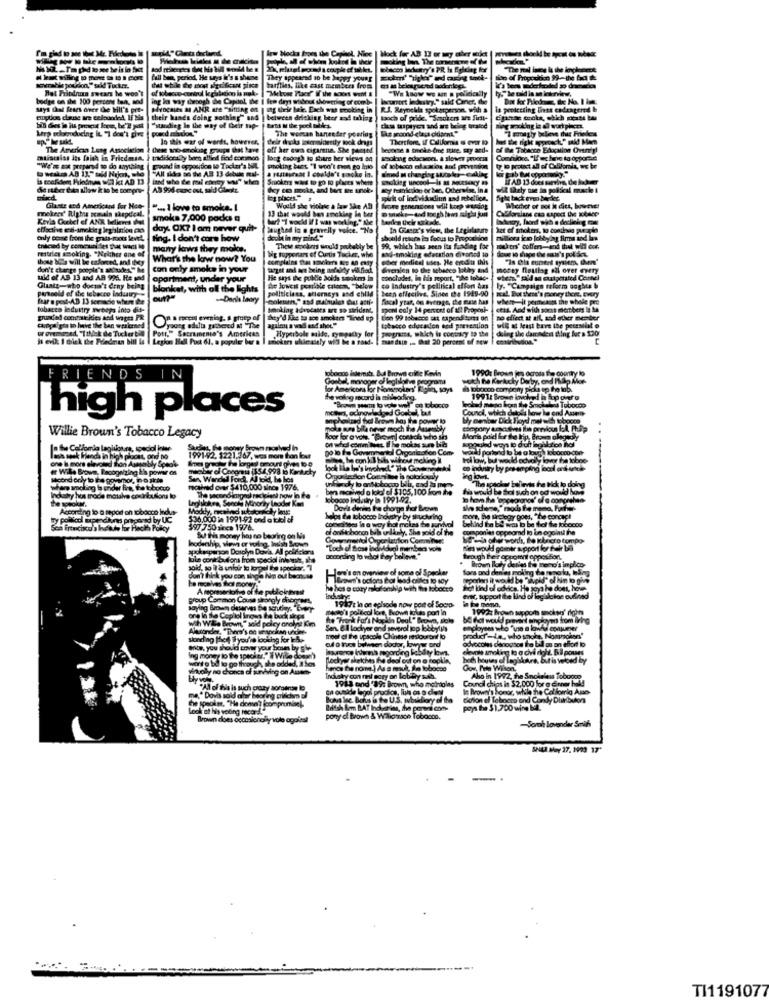
fail ban, period, He says it's a shame
badge on she 100 percent tan, sod
Bet Fritdrums swears he woo
ing in way toogh The Capitol Be
says Last fears over the bill's pre-
Hingsies M AMR are "sitting on
their hands doing sothing" and
puedasdo"
"standing In the way of their sap-
In this war of wordt, however,
The Arvrican Lung Association
atischias Its faith in Friedman.
Indidorally borg alfied find common
"We'x ax prepared to do marything
"All sides an the AB 13 debile mal-
pound in opposition 19 Tackar's MIL
AB 996 conc est, said Gileott.
Glastr and Americand for Men-
" ... I love to smoke. I
Kevla Coobci ef ANK tallenes hat
mokers' Rights remain shepdeal.
smoka 7,000 podes a
effective es-smoking legislation can
day. OX7 I am never quit-
only come from the prata-roots level.
ting. I don't cors how
tnicund by comeun des that will be
many kawis they molde.
resteles smoking. "Neither one of
What's the law now? You
don't change people's sodaxdkes" he
ton only smoke in your
uid of AB 13 and AR 996. He sod
apartment, under your
paranoid of the tobacco industry .
Glantz-who doesn't drny beiss |blonket, with oll the lights
Denis Leary
tobacco laduttry swoops into dit-
grundet comealcides and wages PR
Cargaigia to have the ban wpricened
Post," Sacramento's American
young adults gathered & "The
I evik I thick the Redman bill la
Legion Ball Poct 6J. a populer ber &
RIE
IN
ID
high places
he Aneuby
Willie Brown's Tobacco Legacy
In Se Colfordia lagliloura, special inise
Student, The money Brown mcalved in
one il mors alevoted thin Asasabdy Speole
lash seek fanda in high places, and no
1991-92. 1221.767, wes mor fon lour
con
er Wille Brown, Recognizing kis power os
meebar of Corona ($54,998 b Kekety
second only to The governor, P
Sen, Warded Ford, Al bid, he hos
wear smoliog la under fire, the tobacco
scalned over $410,000 since 1976.
Indkahy hos trode motalve cocirka sonus lo
Laghylokra, Sonole Minority Laoder Ko
According to a report on tobacco indus-
$36.000 a 1991-92 end a toel af
loboo
197 750 zes 1976.
hodership, sie er
Bul Is money has no bearing on Is
Vtipanon Dorolyn Dovia. All poliffciona
"Toch of those indh
lule cont buttons from special inhuur, the
according lo vot hey b
oid, to ]'a unfair to lorgel the speciesr. 7
tre's en ovnview of
of Specker
don't think you con singe him out bem.
# hes o cory miafonship
What kind of advice, Ho gya he does, he
group Common Cousa strongly charges
1917: in on episode
poe of Sooo
ent, support the lind of legislation oudined
saying Brown cesarves De scrutiny. "Ever
Pas port in
ore la fe Cepliol ingen the buck aires
with WE. Brown," said poicy orolyst Kim
Pronik for a Napkin De
"Brown, solo DE Kdl would prevent sinplayers from living
en. &.I lockyer ond sever
employees who "vie a lowid consumer
sonding Pod you're lociting for IFA ..
most el the upscale Chines
od o trucs between dodor
odvocolas denovios tre ball as an effort b
product-Le, who snohe, Noanchen'
Write, you should tovy your bones by se
elevois smoking to a civi right. Bill poues
wonsg bd to go through, ahe added, a los.
Lockyer sketches the deal
But is Veloed by
Mrtvoly no cones of iuniving on Auem
Gov. Prte Wilson
Inchskry con mi sosy on ko
1913 tand '19: Brow
who mcirolas
Council chips in $2,000 for g Enner hold
Aho in 1992, the Smokeless Toboooo
"All of His is such prozy aomoinseko
In Brown's honor, while he Collomig Asso-
na," Dovis so'd aber beoreg arildun
us le Bons a to U.S.
Cortion of Teboero and Condy Dlikeboulons
Look of his young Ficar !! "
sont, "He down? (compromiani-
poys the $1.700 wing bil.
Boven does occasionally vole ogpies!
pony cl Be
Sorth lovender Smäh
SALA My 27. 1993 17*
TI1191077